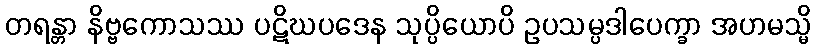
တရန္တာ နိဗ္ဗကောသဿ ပဋိဃပဒေန သုပ္ပိယောပိ ဥပသမ္ပဒါပေက္ခာ အဟမသ္မိ